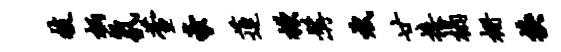
技柄氛萱豪莲掀髯斌廿接榻栅换